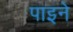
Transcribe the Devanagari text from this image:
पाइने